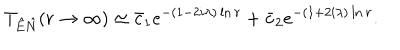
LaTeX: T _ { \hat { E } \hat { N } } ( r \rightarrow \infty ) \simeq \bar { c } _ { 1 } e ^ { - ( 1 - 2 i \lambda ) \ln r } + \bar { c } _ { 2 } e ^ { - ( 1 + 2 i \lambda ) \ln r } .